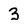
Character: 3